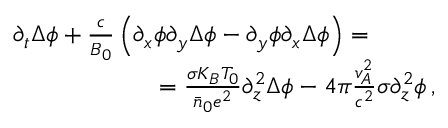
\begin{array} { r l } & { \partial _ { t } \Delta \phi + \frac { c } { B _ { 0 } } \left( \partial _ { x } \phi \partial _ { y } \Delta \phi - \partial _ { y } \phi \partial _ { x } \Delta \phi \right) = } \\ & { \qquad \qquad \qquad = \frac { \sigma K _ { B } T _ { 0 } } { \bar { n } _ { 0 } e ^ { 2 } } \partial _ { z } ^ { 2 } \Delta \phi - 4 \pi \frac { v _ { A } ^ { 2 } } { c ^ { 2 } } \sigma \partial _ { z } ^ { 2 } \phi \, , } \end{array}